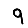
Digit: 9